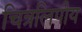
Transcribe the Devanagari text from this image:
चित्रलिपीय